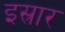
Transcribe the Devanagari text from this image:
इस्रार